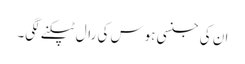
ان کی جنسی ہوس کی رال ٹپکنے لگی۔